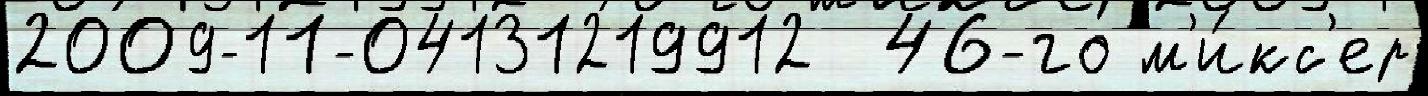
2009-11-04131219912  46-го м'и́кс'ер